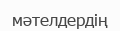
мәтелдердің